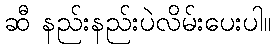
ဆီ နည်းနည်းပဲလိမ်းပေးပါ။